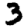
Digit: 3